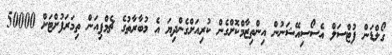
ގޯލްޑަން ފުޓްސަލް އެސޯސިއޭޝަނުން އިންތިޒާމްކޮށްގެން ކުރިއަށްގެންދިޔަ އެ މުބާރާތުގެ ޗެމްޕިއަން ތިމަރަފުށްޓަށް 50000